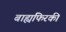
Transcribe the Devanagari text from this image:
बाह्यफिरकी